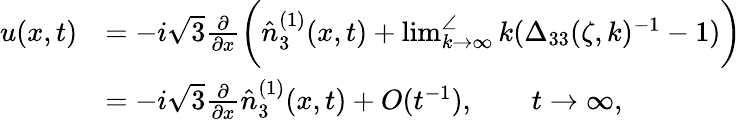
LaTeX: \begin{array}{rl}{u(x,t)}&{=-i\sqrt{3}\frac{\partial}{\partial x}\bigg(\hat{n}_{3}^{(1)}(x,t)+\operatorname*{lim}_{k\to\infty}^{\angle}k(\Delta_{33}(\zeta,k)^{-1}-1)\bigg)}\\ &{=-i\sqrt{3}\frac{\partial}{\partial x}\hat{n}_{3}^{(1)}(x,t)+O(t^{-1}),\qquad t\to\infty,}\end{array}